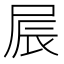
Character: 屒